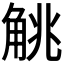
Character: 𬢖